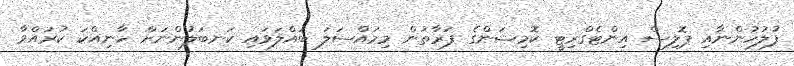
ފުލުހުންނާއި ޕޮލިސް އިންޓެގްރިޓީ ކޮމިޝަންގެ ފަރާތުން މިމައްސަލަ ބައްލަވައި ކަނބަލުންނަށް ހާނިއްކަ ކުރައްވާ